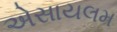
એસાયલમ